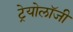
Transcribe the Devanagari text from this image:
ट्रेयोलॉजी